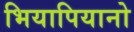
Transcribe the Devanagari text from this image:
भियापियानो